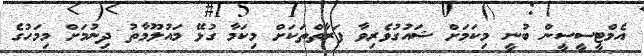
އެމްޓީސީސީން ބުނީ މިކަމަށް ޝައުގުވެރިވާ ފަރާތްތަކަށް މިކަމާ ގުޅޭ މައުލޫމާތު ދިނުމަށް މިމަހުގެ